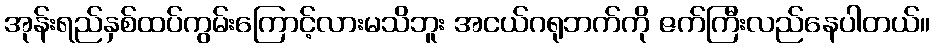
အုန်းရည်နှစ်ထပ်ကွမ်းကြောင့်လားမသိဘူး အငယ်ဂရုဘက်ကို ဇက်ကြီးလည်နေပါတယ်။